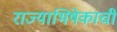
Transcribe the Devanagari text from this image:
राज्याभिषेकाची